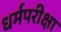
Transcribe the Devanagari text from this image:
धर्मपरीक्षा